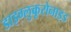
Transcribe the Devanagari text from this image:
डाइग्लुकूरोनाइड